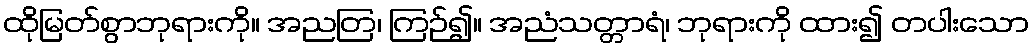
ထိုမြတ်စွာဘုရားကို။ အညတြ၊ ကြဉ်၍။ အညံသတ္တာရံ၊ ဘုရားကို ထား၍ တပါးသော